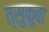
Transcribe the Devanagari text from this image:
त्सुकुबा